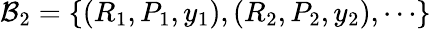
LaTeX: {\mathcal{B}}_{2}=\{ (R_{1},P_{1},y_{1}),(R_{2},P_{2},y_{2}),\cdots\}